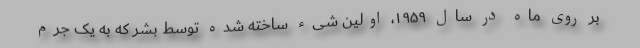
بر روی ماه در سال ۱۹۵۹، اولین شیء ساخته شده توسط بشر که به یک جرم